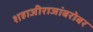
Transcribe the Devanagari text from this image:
शहाजीराजांबरोबर